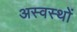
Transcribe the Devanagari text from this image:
अस्वस्थों